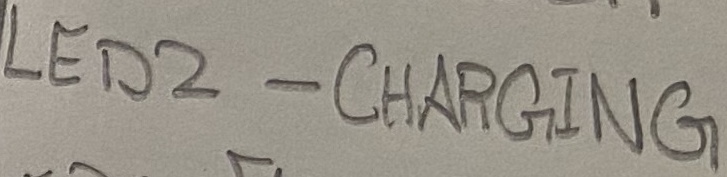
Text: LED2 - CHARGING